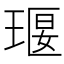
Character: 𤦵